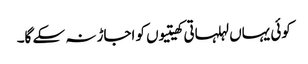
کوئی یہاں لہلہاتی کھیتیوں کو اجاڑ نہ سکے گا۔